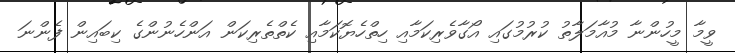
ވީމާ މީހުންނާ މުއާމަލާތު ކުރުމުގައި އޯގާވެރިކަމާއި ހިތްހެޔޮކަމާއި ކެތްތެރިކަން އަންހެނުންގެ ކިބައިން ފެންނަ